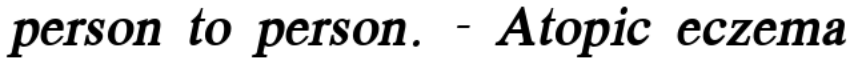
person to person. - Atopic eczema